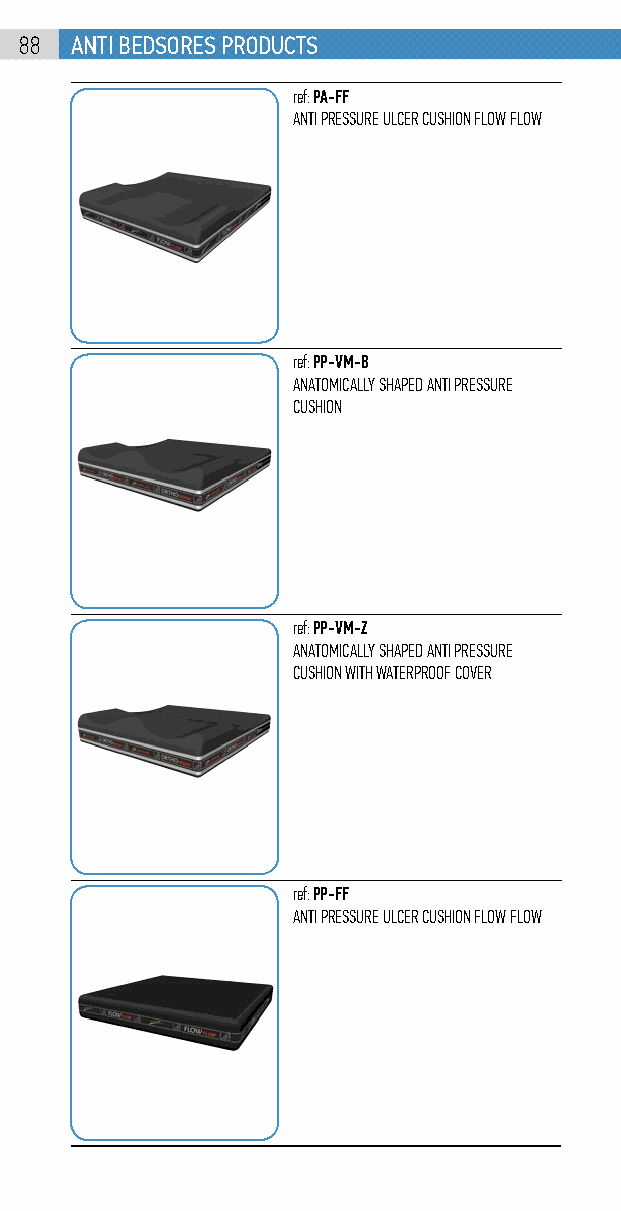
88  anti bEdsorEs products
 ref: PA-FF
 ANTI PRESSURE ULCER CUSHION FLOW FLOW
 ref: PP-VM-B
 ANATOMICALLY SHAPED ANTI PRESSURE
 CUSHION
 ref: PP-VM-Z
 ANATOMICALLY SHAPED ANTI PRESSURE
 CUSHION WITH WATERPROOF COVER
 ref: PP-FF
 ANTI PRESSURE ULCER CUSHION FLOW FLOW